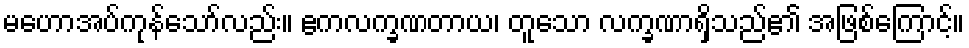
မဟောအပ်ကုန်သော်လည်း။ ဧကလက္ခဏတာယ၊ တူသော လက္ခဏာရှိသည်၏ အဖြစ်ကြောင့်။